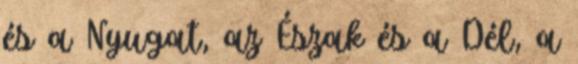
és a Nyugat, az Észak és a Dél, a